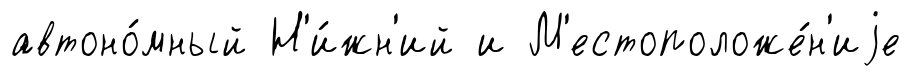
автоно́мный Н'и́жн'ий и М'естоположе́н'иjе